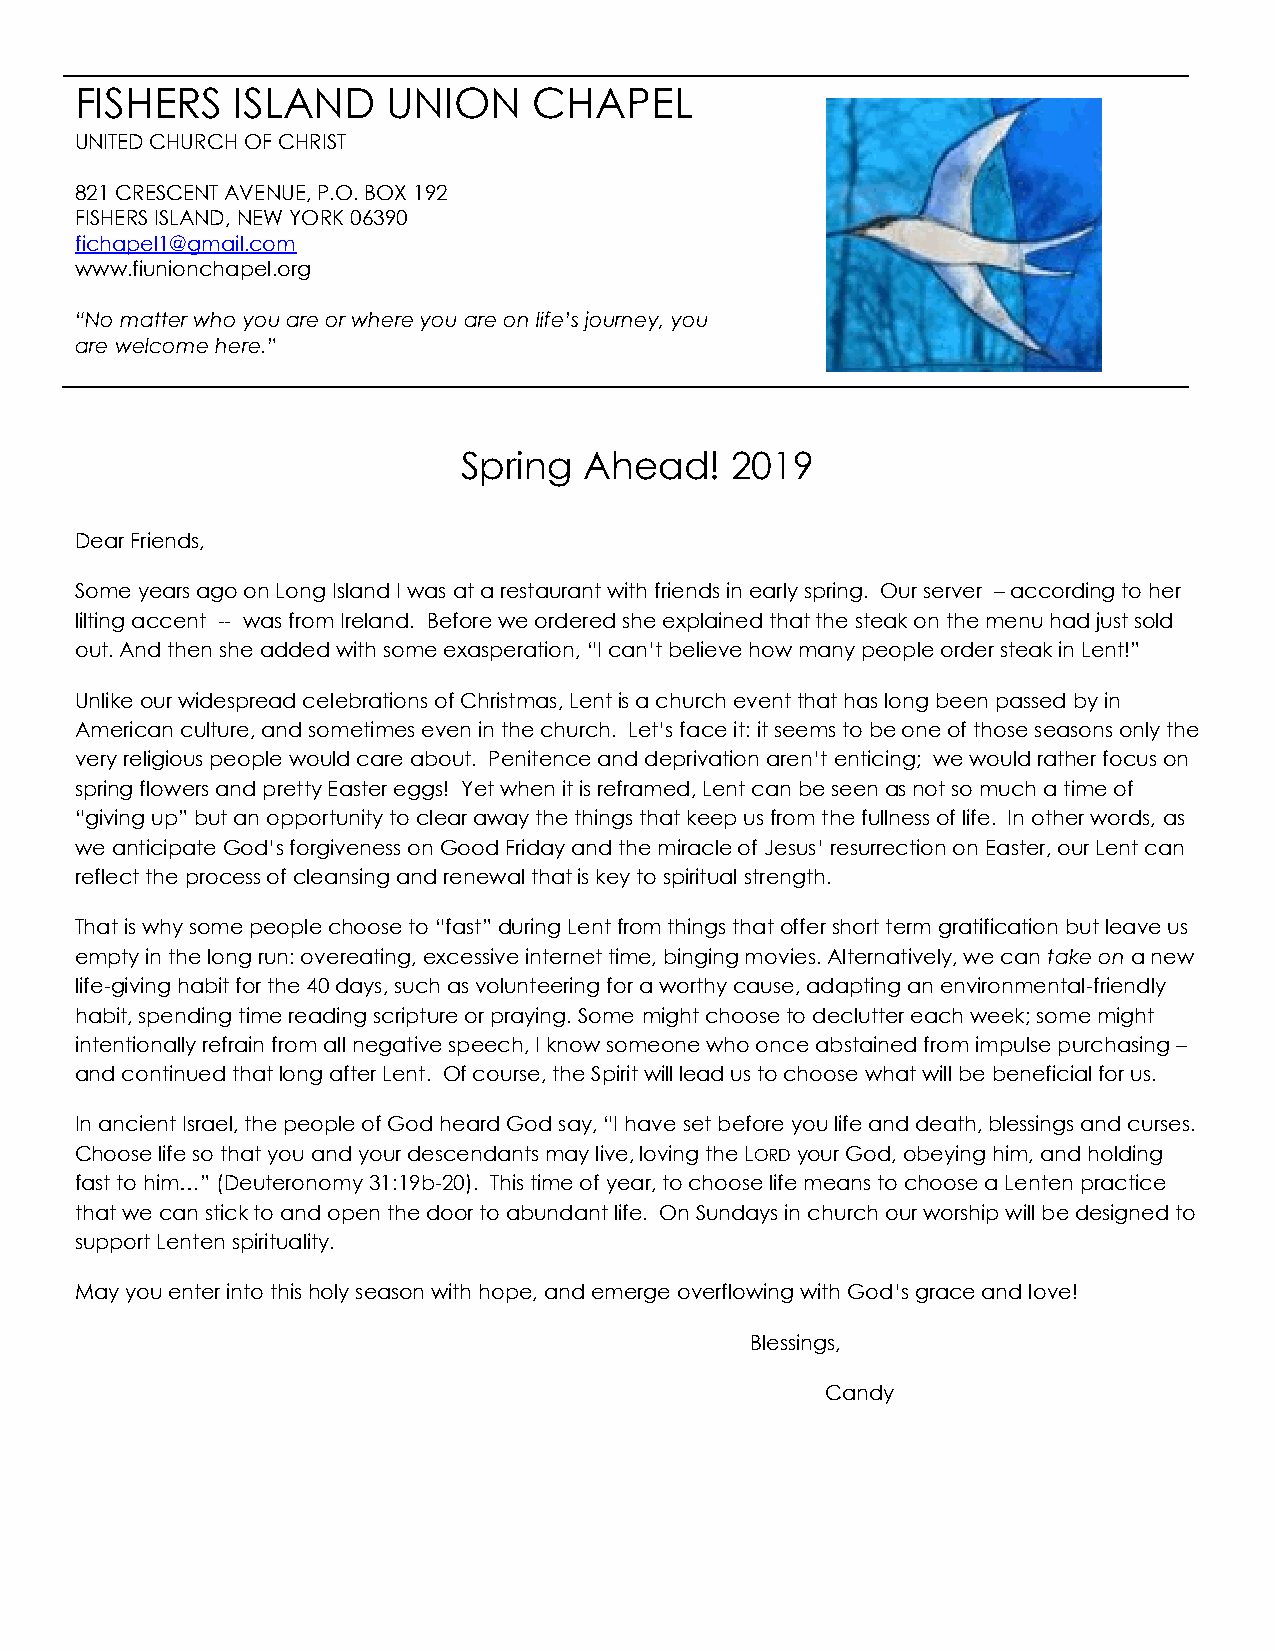
FISHERS   ISLAND     UNION    CHAPEL
 UNITED CHURCH OF CHRIST
 821 CRESCENT AVENUE, P.O. BOX 192
 FISHERS ISLAND, NEW YORK 06390
 fichapel1@gmail.com
 www.fiunionchapel.org
 “No matter who you are or where you are on life’s journey, you
 are welcome here.”
 Spring  Ahead!   2019
 Dear Friends,
 Some years ago on Long Island I was at a restaurant with friends in early spring. Our server – according to her
 lilting accent -- was from Ireland. Before we ordered she explained that the steak on the menu had just sold
 out. And then she added with some exasperation, “I can’t believe how many people order steak in Lent!”
 Unlike our widespread celebrations of Christmas, Lent is a church event that has long been passed by in
 American culture, and sometimes even in the church. Let’s face it: it seems to be one of those seasons only the
 very religious people would care about. Penitence and deprivation aren’t enticing; we would rather focus on
 spring flowers and pretty Easter eggs! Yet when it is reframed, Lent can be seen as not so much a time of
 “giving up” but an opportunity to clear away the things that keep us from the fullness of life. In other words, as
 we anticipate God’s forgiveness on Good Friday and the miracle of Jesus’ resurrection on Easter, our Lent can
 reflect the process of cleansing and renewal that is key to spiritual strength.
 That is why some people choose to “fast” during Lent from things that offer short term gratification but leave us
 empty in the long run: overeating, excessive internet time, binging movies. Alternatively, we can take on a new
 life-giving habit for the 40 days, such as volunteering for a worthy cause, adapting an environmental-friendly
 habit, spending time reading scripture or praying. Some might choose to declutter each week; some might
 intentionally refrain from all negative speech, I know someone who once abstained from impulse purchasing –
 and continued that long after Lent. Of course, the Spirit will lead us to choose what will be beneficial for us.
 In ancient Israel, the people of God heard God say, “I have set before you life and death, blessings and curses.
 Choose life so that you and your descendants may live, loving the LORD your God, obeying him, and holding
 fast to him…” (Deuteronomy 31:19b-20). This time of year, to choose life means to choose a Lenten practice
 that we can stick to and open the door to abundant life. On Sundays in church our worship will be designed to
 support Lenten spirituality.
 May you enter into this holy season with hope, and emerge overflowing with God’s grace and love!
 Blessings,
 Candy